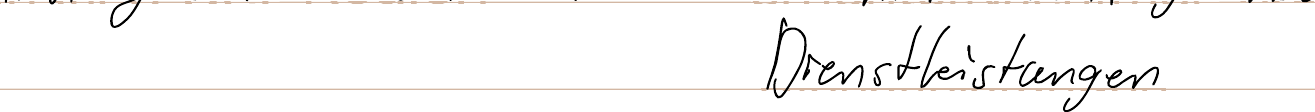
Dienstleistungen